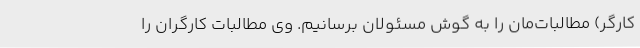
کارگر) مطالبات‌مان را به گوش مسئولان برسانیم. وی مطالبات کارگران را